Statistical return of the lunatic asylum in Assam - 1912-1932
Year: 1912
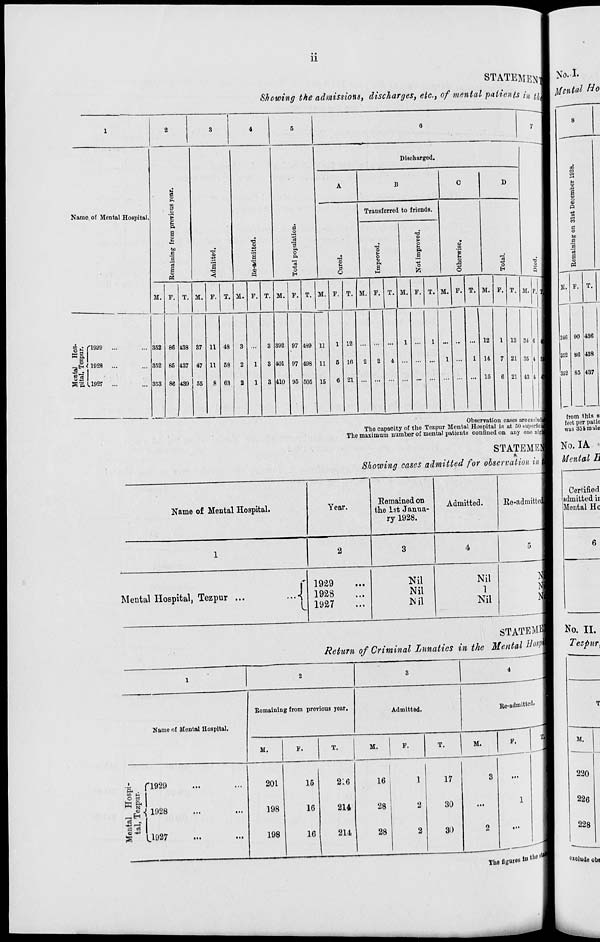
11
STATEME^
Showing the admissions, discharges, etc., of mental patients in IJ\
Name of Mental Hospital.
a
a
'.2
§
S
-0
T3
a)
a
a)
M
a
o
"3
"3
P.
o
H
Discharged.
A
B
a
©
Transferred to friends.
o
p.
a
-a
> o E o,
a
o
D
S
o
o
o
H
M.
A
o
1=
c riaao
11
83 I
5 EL 1927
352
352
353
T. M.
T. SI.
138
437
439
M.
M. P.
M.
392
401
410
4S9
498
505
11
11
15
M. F. T. M.
T. M.
T. M. IPJ
34 C
35 4
43 4
Observation cases are excludl
The capacity of the Tozpur Mental Hospital is at CO tuperftcl
The maximum number of mental patients conlined on any onu nigl
STATEME1
Showing cases admitted for observation in 1
Name of Mental Hospital.
Year.
Remained on
the 1st Janua-
ry 1928.
Admitted.
Re-admiUeJ
1
2
3
4
5
f
Mental Hospital, Tezpur ...
...■{
1929
1928
1927
Nil
Nil
Nil
Nil
1
Nil
rfl
Name of Mental Hospital.
Romaiuing from previous year.
Admitted.
M.
F.
T.
M.
F.
T.
M.
Re-admitted.
F.
Bd
CO «-
O i
to &
K
o
r^
a
-*J
a 2
OJ -*J
M
1929
«{ 1928
L1927
201
198
198
16
16
16
216
214
214
16
1
28
2
28
2
17
30
30
No. I
Rental Ho
a>
P
d
o
IK)
13
2
1
0
946
352
352
436
438
437
from this s
feet per patic
was 354mile
No. IA
Mental B
Certified
admitted ir
Mental He
STATEMM No. II.
Return of Criminal Lunatics in the Mental Hospm
Tezpur,
.
M.
220
226
228
The flijuies ,n tht) " "■
exolu.de obi